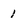
Character: 1